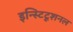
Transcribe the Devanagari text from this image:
इन्स्टिटूशनल